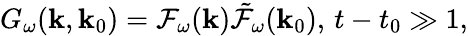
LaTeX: G_{\omega}({\mathbf k},{\mathbf k}_{0})={\cal F}_{\omega}({\mathbf k})\tilde{\cal F}_{\omega}({\mathbf k}_{0}),\, t-t_{0}\gg 1,